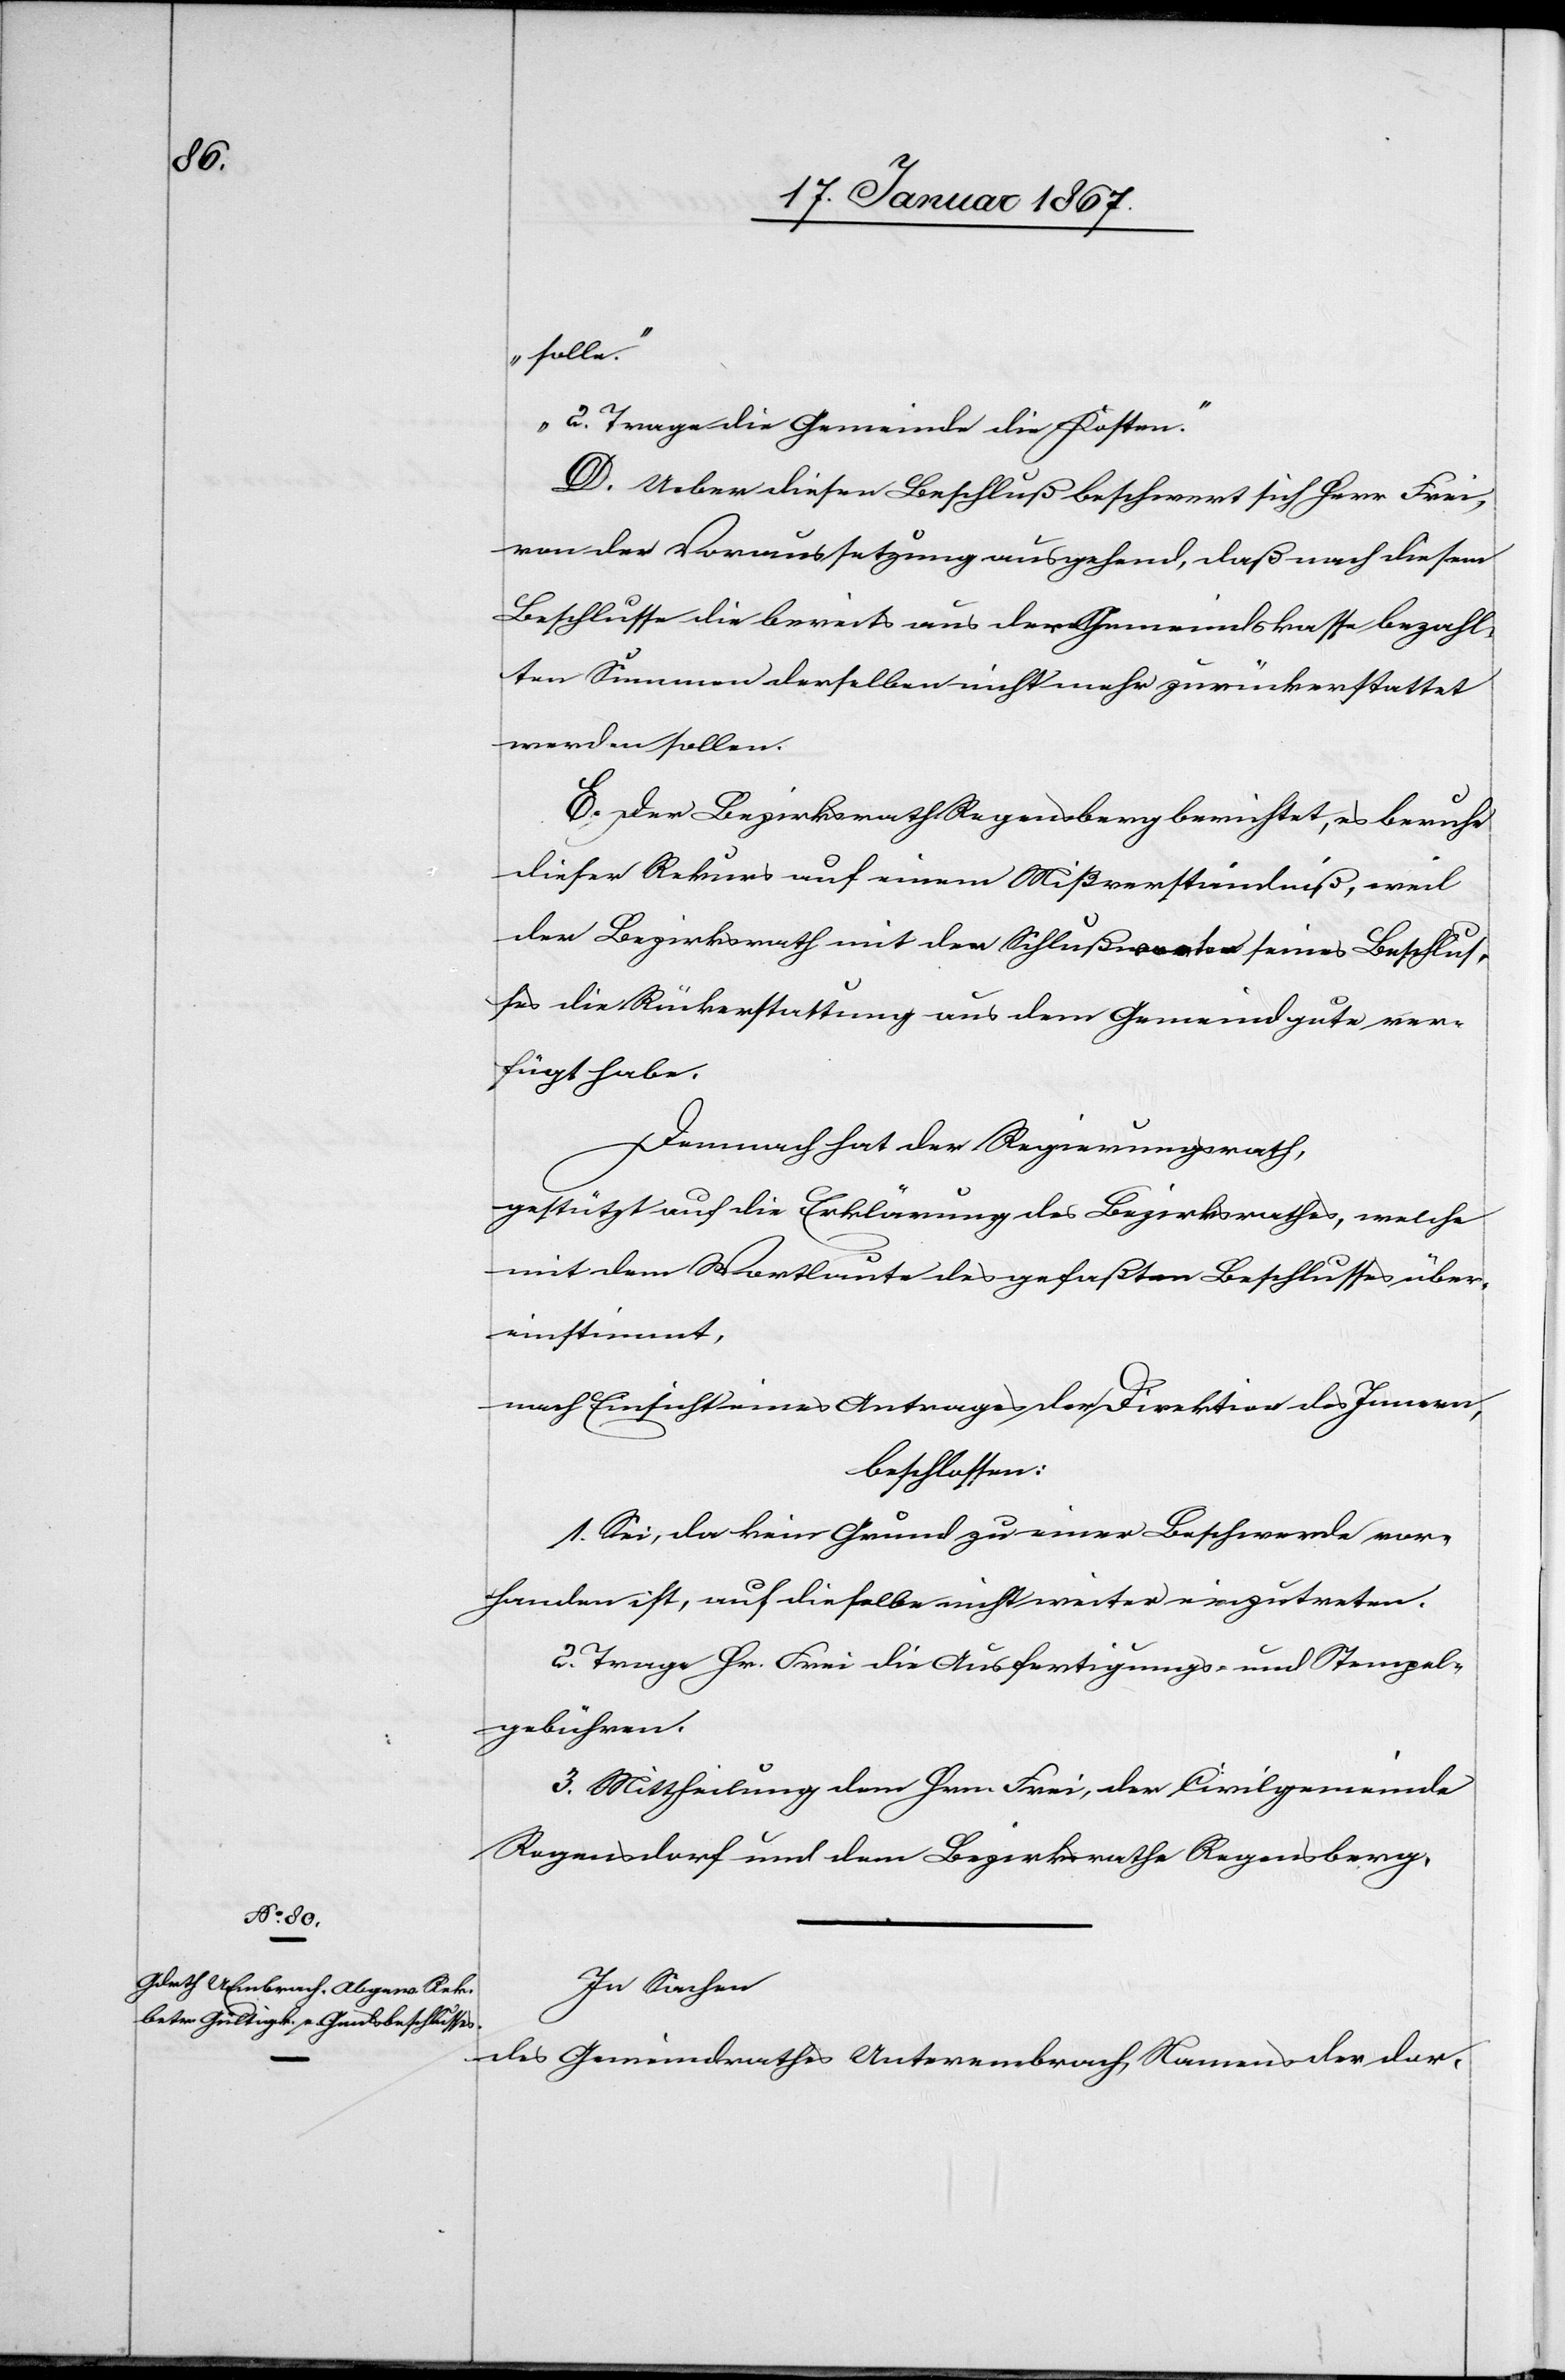
solle.
2. Trage die Gemeinde die Kosten.“
D. Ueber diesen Beschluß beschwert sich Herr Frei,
von der Voraussetzung ausgehend, daß nach diesem
Beschlusse die bereits aus der Gemeindskasse bezahl¬
ten Summen derselben nicht mehr zurückerstattet
werden sollen.
E. Der Bezirksrath Regensberg berichtet, es beruhe
dieser Rekurs auf einem Mißverständniß, weil
der Bezirksrath mit den Schlußversen seines Beschlus¬
ses die Rückerstattung aus dem Gemeindgute ver¬
fügt habe.
Demnach hat der Regierungsrath,
gestützt auf die Erklärung des Bezirksrathes, welche
mit dem Wortlaute des gefaßten Beschlusses über¬
einstimmt,
nach Einsicht eines Antrages der Direktion des Innern,
beschlossen:
1. Sei, da kein Grund zu einer Beschwerde vor¬
handen ist, auf dieselbe nicht weiter einzutreten.
2. Trage Hr. Frei die Ausfertigungs- und Stempel¬
gebühren.
3. Mittheilung dem Herrn Frei, der Civilgemeinde
Regensdorf und dem Bezirksrathe Regensberg.
In Sachen
des Gemeindrathes Unterembrach, Namens der dor-